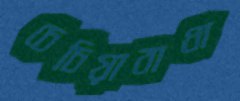
চেচিয়াবাধা